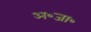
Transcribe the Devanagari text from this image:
अ॰जा॰